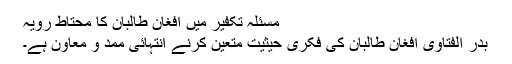
مسئلہ تکفیر میں افغان طالبان کا محتاط رویہ
بدر الفتاویٰ افغان طالبان کی فکری حیثیت متعین کرنے انتہائی ممد و معاون ہے۔